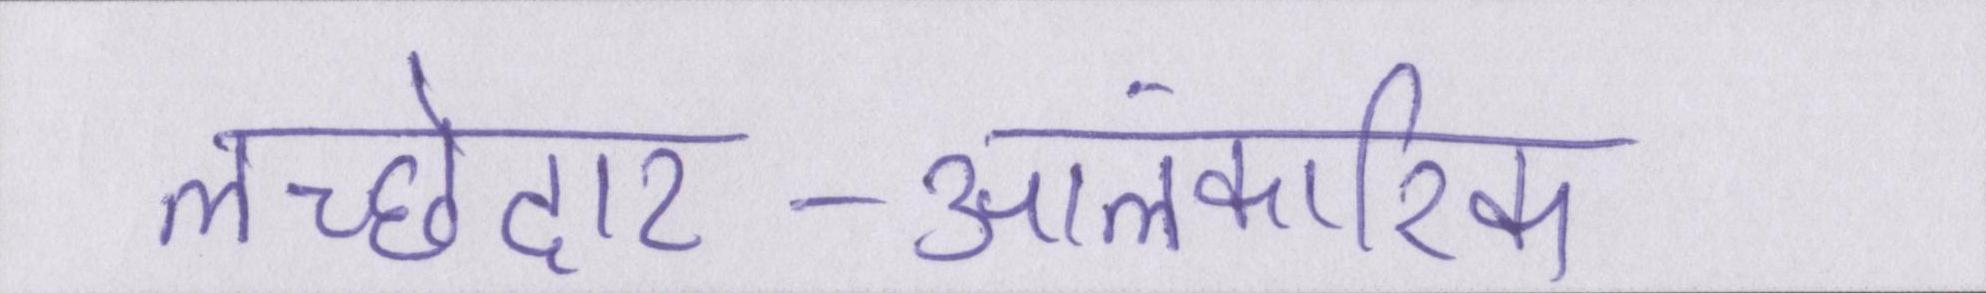
लच्छेदार-आलंकारिक